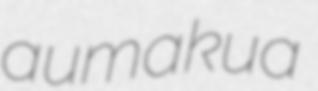
aumakua